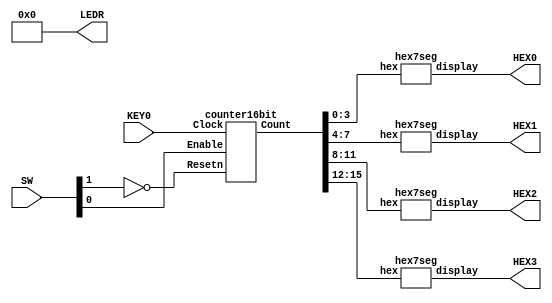
/*
Oscar Reyes-Sanchez
Digital Systems
16-bit counter using a register, displayed on 7 segment displays
KEY0 is the clock
SW[0] is the enable
SW[1] is the reset
*/



module part2 (KEY0, SW, HEX0, HEX1, HEX2, HEX3, LEDR);
	input KEY0;
	input [1:0] SW;
	output [0:6] HEX0, HEX1, HEX2, HEX3;
	output [9:0] LEDR;
	assign LEDR = 10'b0000000000;
	
	wire [0:6] disp0, disp1, disp2, disp3;
	wire [15:0] Q;
	wire Enable, Clock, Reset;
	assign Enable = SW[0];
	assign Clock = KEY0;
	assign Reset = ~SW[1];
	
	counter16bit counter (Enable, Clock, Q, Reset);
	
	hex7seg hextodisp0 (Q[3:0], disp0);
	hex7seg hextodisp1 (Q[7:4], disp1);
	hex7seg hextodisp2 (Q[11:8], disp2);
	hex7seg hextodisp3 (Q[15:12], disp3);
	
	assign HEX0 = disp0;
	assign HEX1 = disp1;
	assign HEX2 = disp2;
	assign HEX3 = disp3;

endmodule

module counter16bit (Enable, Clock, Count, Resetn);
	input Enable, Clock, Resetn;
	output reg [15:0] Count;
	always @(posedge Clock)
		if (!Resetn)
			Count <= 0;
		else if (Enable)
			Count <= Count + 1'b1;
endmodule

module hex7seg (hex, display);
	input [3:0] hex;
	output [0:6] display;

	reg [0:6] display;

	/*
	 *       0  
	 *      ---  
	 *     |   |
	 *    5|   |1
	 *     | 6 |
	 *      ---  
	 *     |   |
	 *    4|   |2
	 *     |   |
	 *      ---  
	 *       3  
	 */

	always @ (hex)
		case (hex) 
			4'h0: display = 7'b0000001;
			4'h1: display = 7'b1001111;
			4'h2: display = 7'b0010010;
			4'h3: display = 7'b0000110;
			4'h4: display = 7'b1001100;
			4'h5: display = 7'b0100100;
			4'h6: display = 7'b0100000;
			4'h7: display = 7'b0001111;
			4'h8: display = 7'b0000000;
			4'h9: display = 7'b0001100;
			4'hA: display = 7'b0001000;
			4'hB: display = 7'b1100000;
			4'hC: display = 7'b1110010;
			4'hD: display = 7'b1000010;
			4'hE: display = 7'b0110000;
			4'hF: display = 7'b0111000;
			default: display = 7'b1111111;
		endcase
endmodule